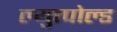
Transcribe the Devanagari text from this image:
ल्युत्पोल्ड